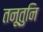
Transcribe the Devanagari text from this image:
तनूतुनि